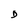
Character: D